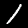
Digit: 1